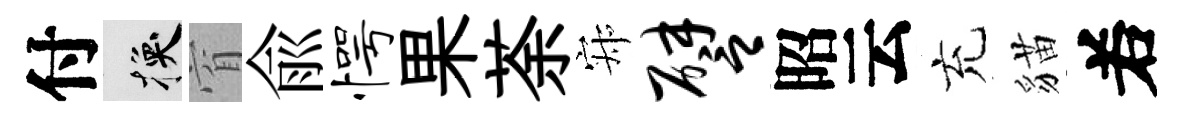
付换窅俞愕果荼寂譬昭云充貓𠰥